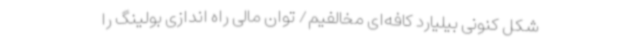
شکل کنونی بیلیارد کافه‌ای مخالفیم/ توان مالی راه اندازی بولینگ را